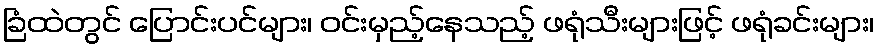
ခြံထဲတွင် ပြောင်းပင်များ၊ ဝင်းမှည့်နေသည့် ဖရုံသီးများဖြင့် ဖရုံခင်းများ၊